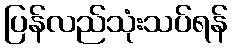
ပြန်လည်သုံးသပ်ရန်